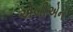
એબીએન